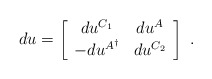
\begin{align*} du = \left[ \begin{array}{cc} du^{C_1}&du^A\\ -du^{A^{\dagger}}&du^{C_2} \end{array} \right] \ .\end{align*}